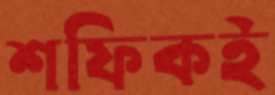
শফিকই